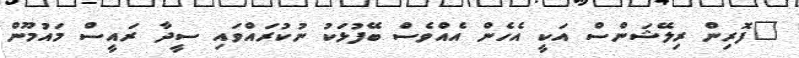
"ފޮރިން ރިލޭޝަންސް އަކީ އެހެން އެއްވެސް ބޭފުޅަކު ނުކުރައްވައި ސީދާ ރައީސް މައުމޫން